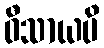
ဝီသာယပိ